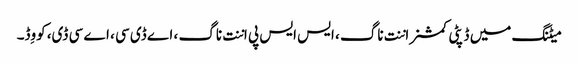
میٹنگ میں ڈپٹی کمشنر اننت ناگ ، ایس ایس پی اننت ناگ ، اے ڈی سی ، اے سی ڈی، کووِڈ۔